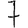
Digit: 7